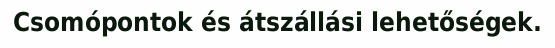
Csomópontok és átszállási lehetőségek.